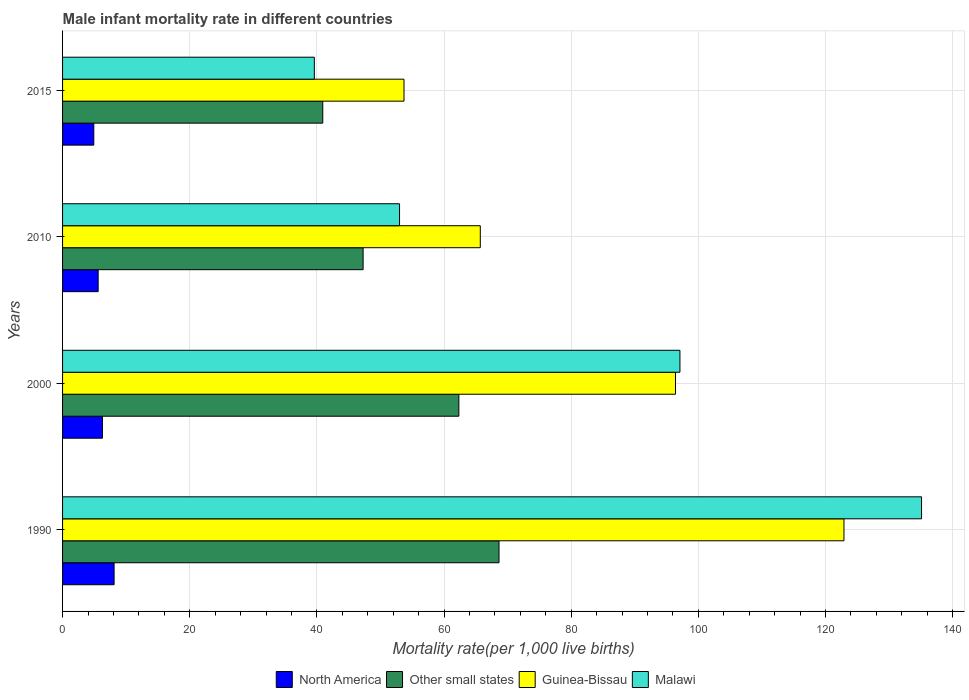
| Years | North America | Other small states | Guinea-Bissau | Malawi |
 | --- | --- | --- | --- | --- |
 | 1990 | 8.11 | 68.6 | 123 | 135 |
 | 2000 | 6.27 | 62.3 | 96.4 | 97.1 |
 | 2010 | 5.6 | 47.3 | 65.7 | 53 |
 | 2015 | 4.91 | 40.9 | 53.7 | 39.6 |